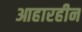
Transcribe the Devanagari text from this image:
आहारहीन